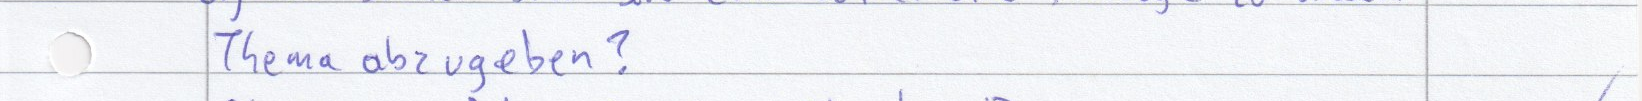
Thema abzugeben?